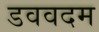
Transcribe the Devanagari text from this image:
डववदम